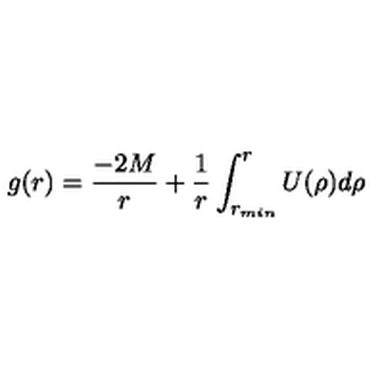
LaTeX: g ( r ) = { \frac { - 2 M } { r } } + { \frac { 1 } { r } } \int _ { r _ { m i n } } ^ { r } U ( \rho ) d \rho